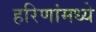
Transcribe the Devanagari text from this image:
हरिणांमध्ये